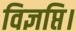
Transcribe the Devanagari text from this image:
विज्ञप्ति।